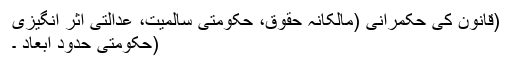
(قانون کی حکمرانی (مالکانہ حقوق، حکومتی سالمیت، عدالتی اثر انگیزی
(حکومتی حدود ابعاد ۔